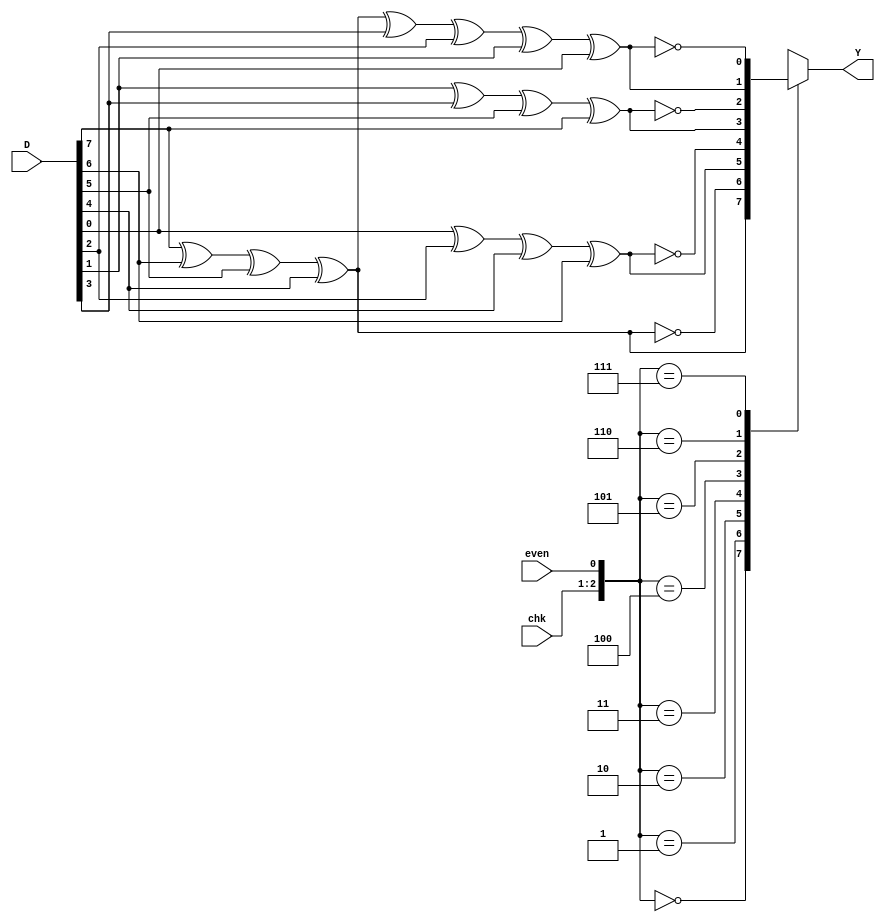
module parity8bit_b(D, chk, even, Y);
    input   [7:0]   D;
    input   [1:0]   chk;
    input           even;
    output  reg     Y;
    
    always@(D or chk or even) begin
        case ({chk, even})
            3'b000: Y = D[7] ^ D[6] ^ D[5] ^ D[4];
            3'b001: Y = ~(D[7] ^ D[6] ^ D[5] ^ D[4]);
            3'b010: Y = D[0] ^ D[2] ^ D[4] ^ D[6];
            3'b011: Y = ~(D[0] ^ D[2] ^ D[4] ^ D[6]);
            3'b100: Y = D[1] ^ D[3] ^ D[5] ^ D[7];
            3'b101: Y = ~(D[1] ^ D[3] ^ D[5] ^ D[7]);
            3'b110: Y = D[7] ^ D[6] ^ D[5] ^ D[4] ^ D[3] ^ D[2] ^ D[1] ^ D[0];
            3'b111: Y = ~(D[7] ^ D[6] ^ D[5] ^ D[4] ^ D[3] ^ D[2] ^ D[1] ^ D[0]);
        endcase
    end
endmodule